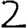
Digit: 2